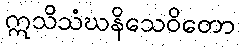
ဣသိသံဃနိသေဝိတော